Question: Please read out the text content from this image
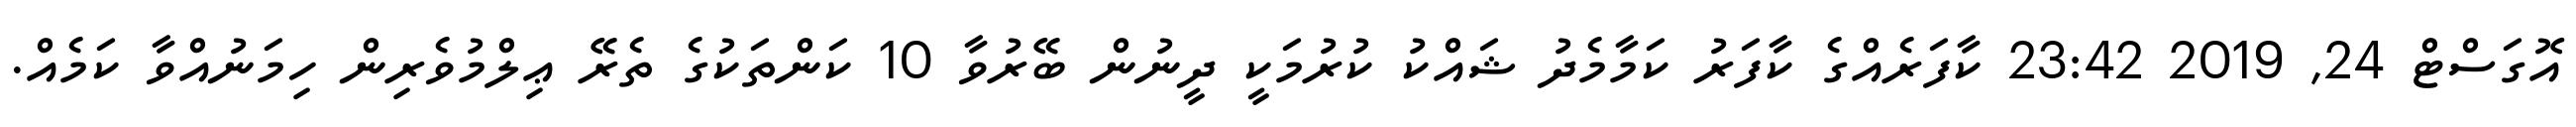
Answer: އޮގަސްޓް 24, 2019 23:42 ކާފަރެއްގެ ކާފަރު ކަމާމެދު ޝައްކު ކުރުމަކީ ދީނުން ބޭރުވާ 10 ކަންތަކުގެ ތެރޭ ޢިލްމުވެރިން ހިމަނުއްވާ ކަމެއް.